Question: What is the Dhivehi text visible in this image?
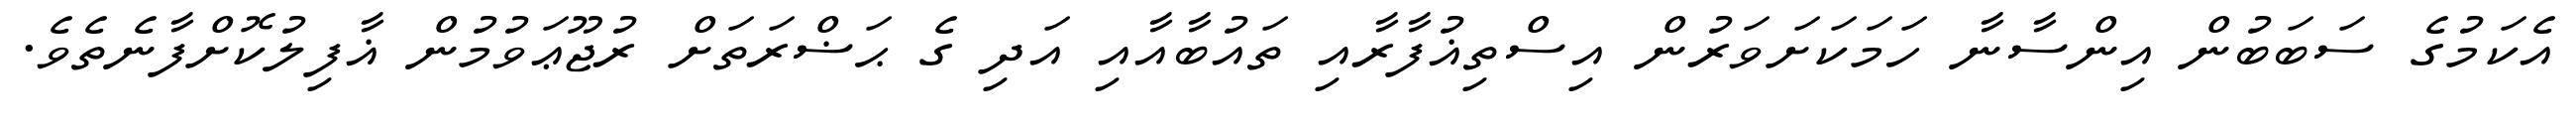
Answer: އެކަމުގެ ސަބަބުން އިންސާނާ ހަމަކަށަވަރުން އިސްތިޣުފާރާއި ތައުބާއާއި އަދި ގެ ޙަޟްރަތަށް ރުޖޫޢަވުމުން ޣާފިލުކޮށްފާނެތެވެ.